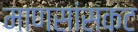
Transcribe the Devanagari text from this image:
माणसांसकट